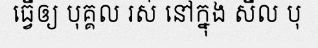
ធ្វើឲ្យ បុគ្គល រស់ នៅក្នុង សីល បុ